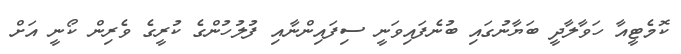
ކޮމެޓީއާ ހަވާލާދީ ބަޔާނުގައި ބުނެފައިވަނީ ސިފައިންނާއި ފުލުހުންގެ ކުރީގެ ވެރިން ކޯނީ އަށް